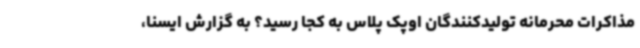
مذاکرات محرمانه تولیدکنندگان اوپک پلاس به کجا رسید؟ به گزارش ایسنا،